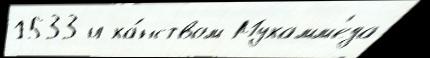
1533 и ха́нством Мухамм'еда